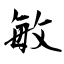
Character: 敏